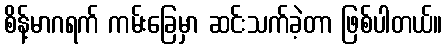
စိန့်မာဂရက် ကမ်းခြေမှာ ဆင်းသက်ခဲ့တာ ဖြစ်ပါတယ်။